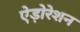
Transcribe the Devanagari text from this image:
ऐड़ोरेशन